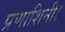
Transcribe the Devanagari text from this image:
प्रणाशिनी॥